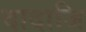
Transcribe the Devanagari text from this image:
दादाजि